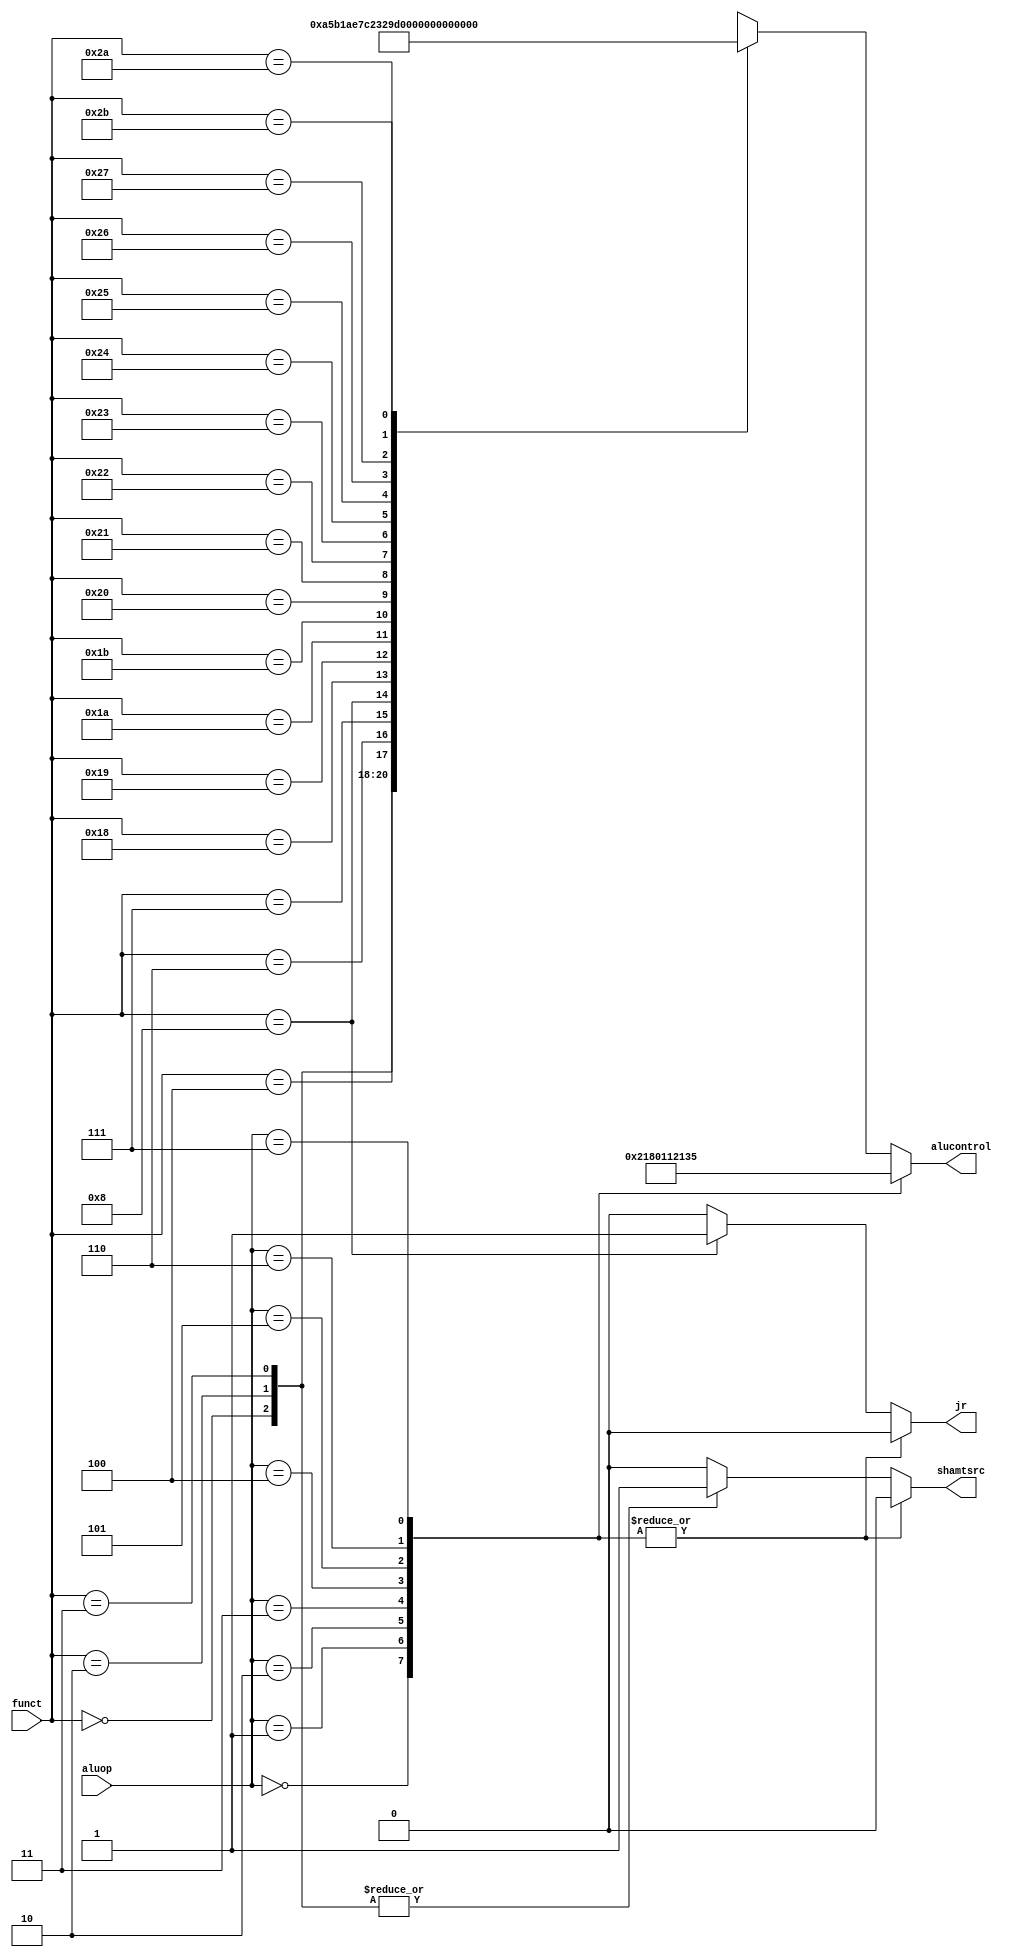
`timescale 1ns / 1ps
//////////////////////////////////////////////////////////////////////////////////
// Company: 
// Engineer: 
// 
// Design Name: 
// Module Name: aludec
// Project Name: 
// Target Devices: 
// Tool Versions: 
// Description: 
// 
// Dependencies: 
// 
// Revision:
// Revision 0.01 - File Created
// Additional Comments:
// 
//////////////////////////////////////////////////////////////////////////////////


module aludec(
    input [5:0] funct,
    input [3:0] aluop,
    output reg[4:0] alucontrol,
    output reg jr, shamtsrc
    );
    always @(*) begin
        shamtsrc <= 0;
        jr <= 0;
        case (aluop)
            4'b0000 : alucontrol <= 5'b00100;//add
            4'b0001 : alucontrol <= 5'b00110;//sub 
            4'b0010 : alucontrol <= 5'b00000;//and
            4'b0011 : alucontrol <= 5'b00001;//or
            4'b0100 : alucontrol <= 5'b00010;//xor
            4'b0101 : alucontrol <= 5'b01000;//slt
            4'b0110 : alucontrol <= 5'b01001;//sltu
            4'b0111 : alucontrol <= 5'b10101;//lui
            default: case(funct) // R-TYPE
                6'b000000: begin alucontrol <= 5'b01010; shamtsrc <= 1;end //sll shift left logical
                6'b000010: begin alucontrol <= 5'b01011; shamtsrc <= 1;end//srl shift right logical
                6'b000011: begin alucontrol <= 5'b01100; shamtsrc <= 1;end//sra shift right arithemetic
                6'b000100: alucontrol <= 5'b01101; //sllv shift left logical variable
                6'b000110: alucontrol <= 5'b01110; //srlv shift right logical variable
                6'b000111: alucontrol <= 5'b01111; //srav shift right artithmetic variable
                6'b001000: begin alucontrol <= 5'b10000; jr <= 1;end //jr jump register
                6'b011000: alucontrol <= 5'b10001; //mult
                6'b011001: alucontrol <= 5'b10010; //multu
                6'b011010: alucontrol <= 5'b10011; //div
                6'b011011: alucontrol <= 5'b10100; //divu
                6'b100000: alucontrol <= 5'b00100; //add
                6'b100001: alucontrol <= 5'b00101; //addu
                6'b100010: alucontrol <= 5'b00110; //sub
                6'b100011: alucontrol <= 5'b00111; //subu
                6'b100100: alucontrol <= 5'b00000; //and
                6'b100101: alucontrol <= 5'b00001; //or
                6'b100110: alucontrol <= 5'b00010; //xor
                6'b100111: alucontrol <= 5'b00011; //nor
                6'b101010: alucontrol <= 5'b01000; //SLT
                6'b101011: alucontrol <= 5'b01001; //sltu
                default: alucontrol <= 5'bxxxxx; // ???
                endcase
        endcase
    end
endmodule